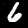
Digit: 6